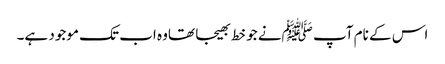
اس کے نام آپ ﷺنے جو خط بھیجا تھاوہ اب تک موجود ہے۔